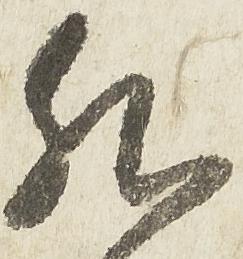
然